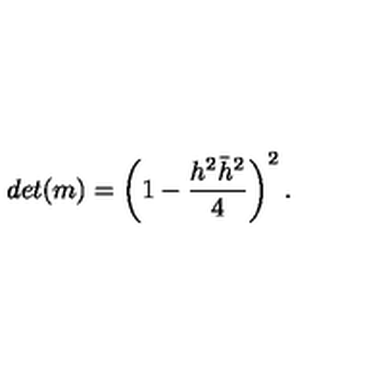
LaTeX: d e t ( m ) = \left( 1 - { \frac { h ^ { 2 } \bar { h } ^ { 2 } } { 4 } } \right) ^ { 2 } .